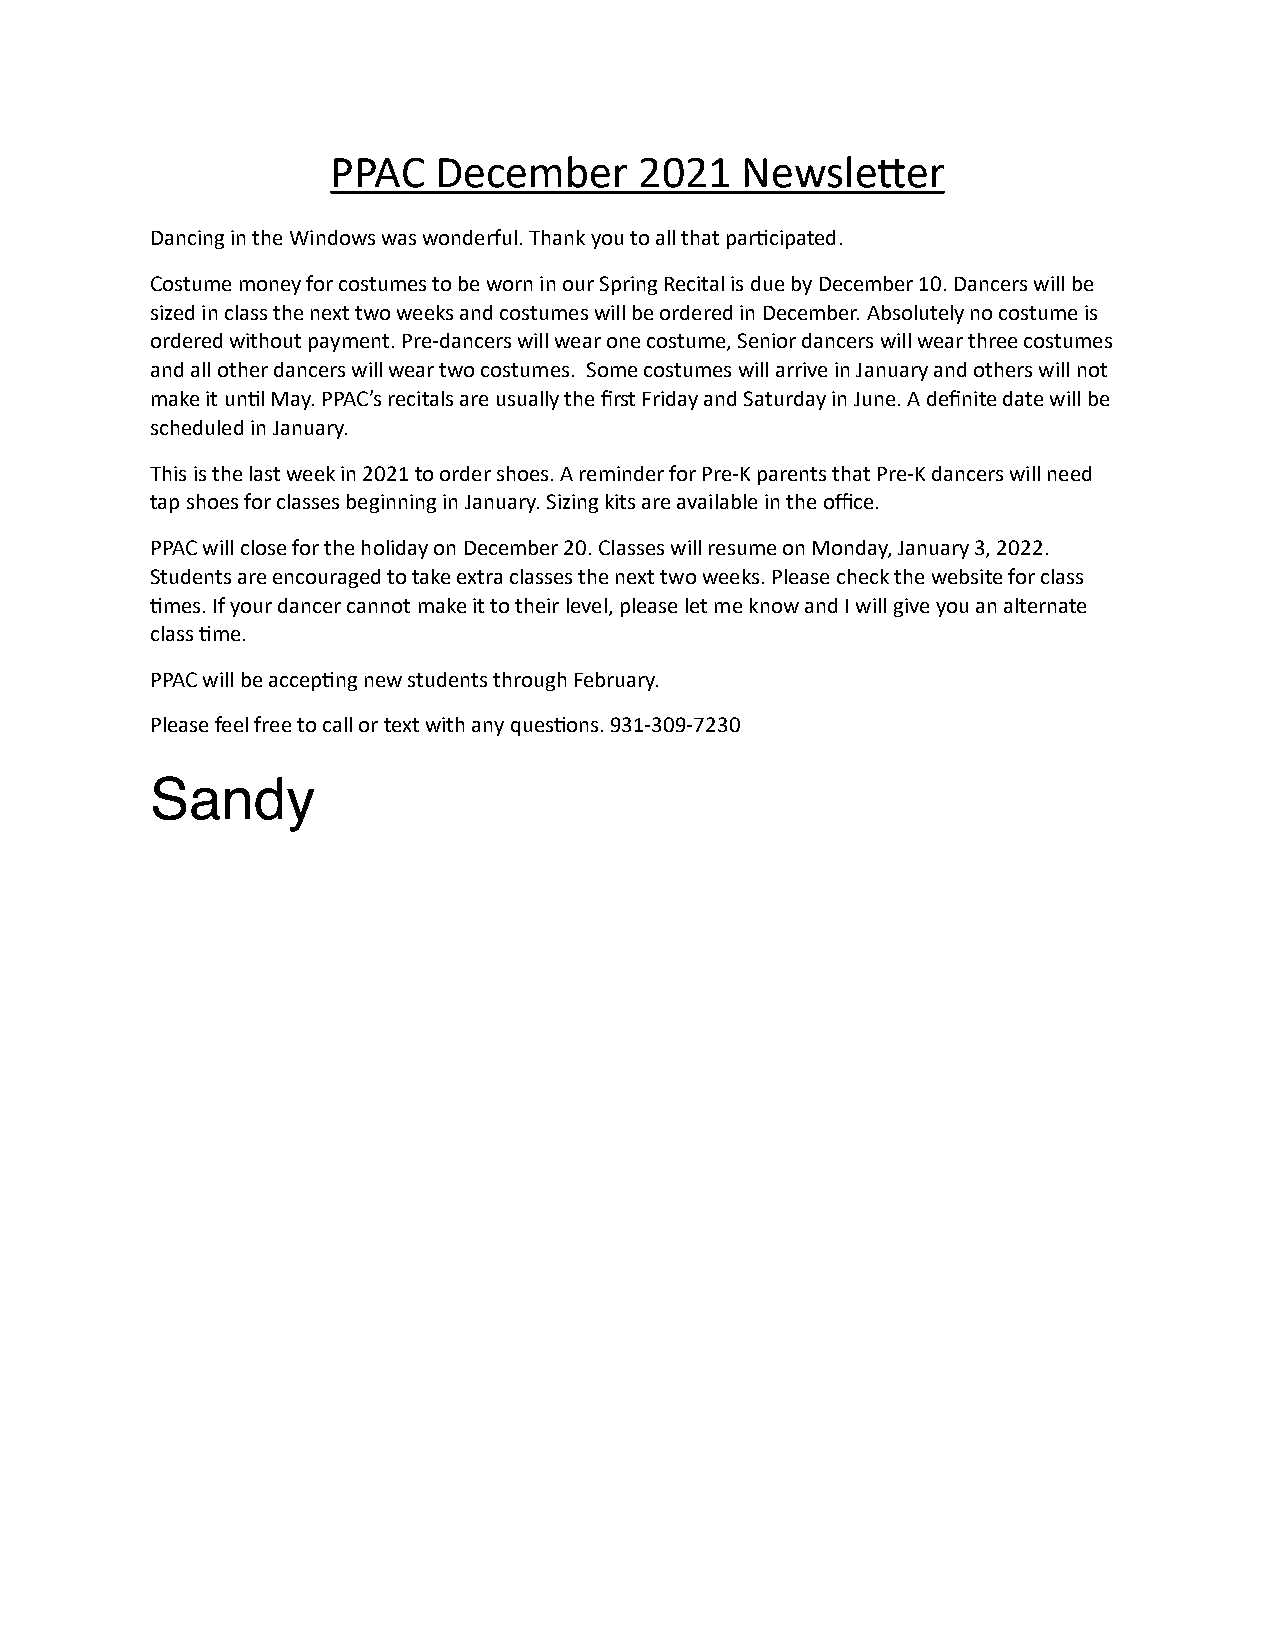
PPAC   December     2021   Newsle2er
 Dancing in the Windows was wonderful. Thank you to all that parCcipated.
 Costume money for costumes to be worn in our Spring Recital is due by December 10. Dancers will be
 sized in class the next two weeks and costumes will be ordered in December. Absolutely no costume is
 ordered without payment. Pre-dancers will wear one costume, Senior dancers will wear three costumes
 and all other dancers will wear two costumes. Some costumes will arrive in January and others will not
 make it unCl May. PPAC’s recitals are usually the first Friday and Saturday in June. A definite date will be
 scheduled in January.
 This is the last week in 2021 to order shoes. A reminder for Pre-K parents that Pre-K dancers will need
 tap shoes for classes beginning in January. Sizing kits are available in the office.
 PPAC will close for the holiday on December 20. Classes will resume on Monday, January 3, 2022.
 Students are encouraged to take extra classes the next two weeks. Please check the website for class
 Cmes. If your dancer cannot make it to their level, please let me know and I will give you an alternate
 class Cme.
 PPAC will be accepCng new students through February.
 Please feel free to call or text with any quesCons. 931-309-7230
 Sandy